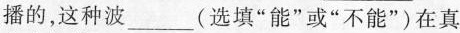
播的，这种波___(选填”能”或”不能”)在真